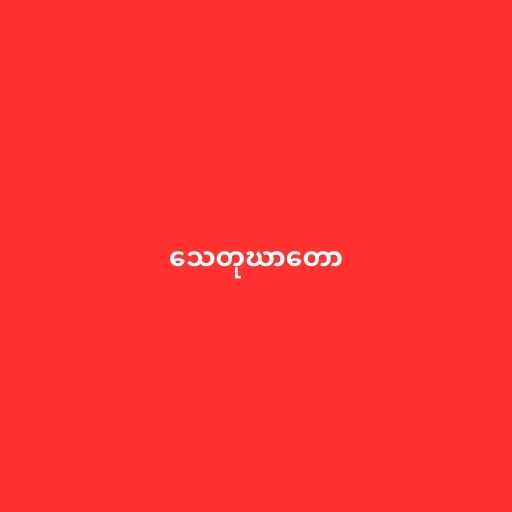
သေတုဃာတော